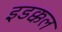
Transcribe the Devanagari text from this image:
इडक्कल